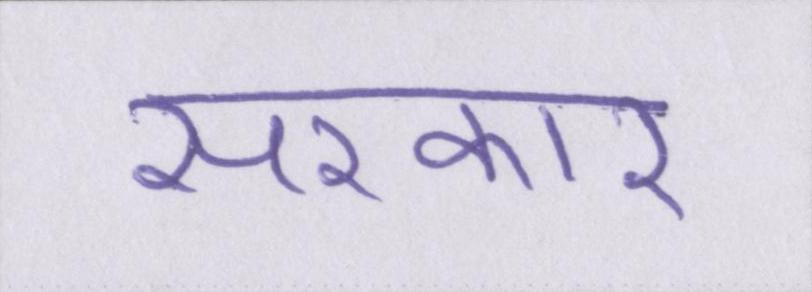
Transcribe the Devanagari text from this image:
सरकार